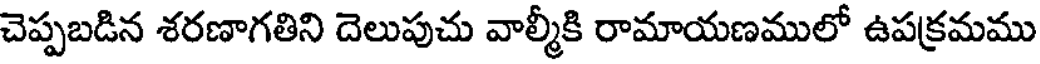
చెప్పబడిన శరణాగతిని దెలుపుచు వాల్మీకి రామాయణములో ఉపక్రమము